Scottish Leaving Certificate Examination, 1957
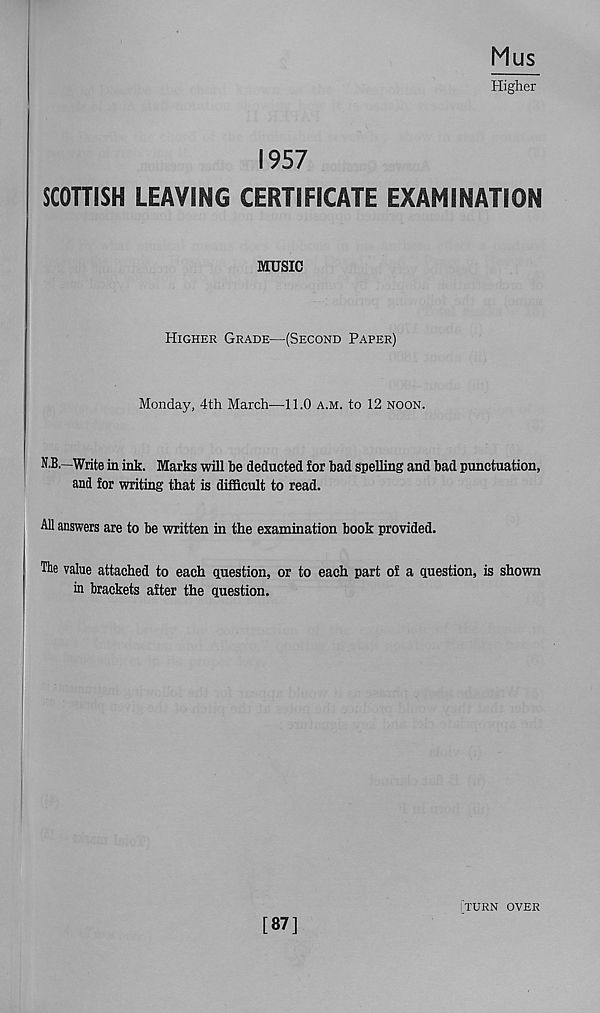
Mus
Higher
1957
SCOTTISH LEAVING CERTIFICATE EXAMINATION
MUSIC
Higher Grade—(Second Paper)
Monday, 4th March'—11.0 a.m. to 12 noon.
N.B.—Write in ink. Marks will be deducted for bad spelling and bad punctuation,
and for writing that is difficult to read.
All answers are to be written in the examination book provided.
The value attached to each question, or to each part of a question, is shown
in brackets after the question.
! TURN OVER
[87]